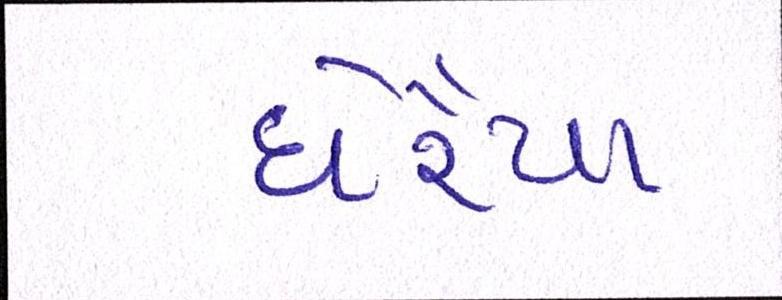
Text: ઘેરૈયા